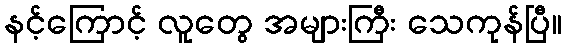
နင့်ကြောင့် လူတွေ အများကြီး သေကုန်ပြီ။